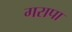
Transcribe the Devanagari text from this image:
गरापा